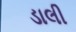
ડાલી